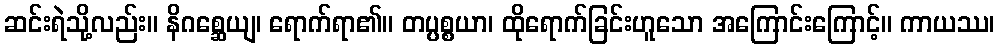
ဆင်းရဲသို့လည်း။ နိဂစ္ဆေယျ၊ ရောက်ရာ၏။ တပ္ပစ္စယာ၊ ထိုရောက်ခြင်းဟူသော အကြောင်းကြောင့်။ ကာယဿ၊